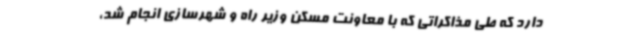
دارد که طی مذاکراتی که با معاونت مسکن وزیر راه و شهرسازی انجام شد،